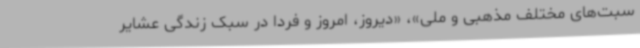
سبت‌های مختلف مذهبی و ملی»، «دیروز، امروز و فردا در سبک زندگی عشایر